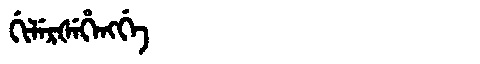
Manchu: ᡤᡳᠯᡝᡵᡧᡝᡥᡝᠩᡤᡝ
Romanization: GILERŠEHENGGE